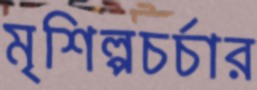
মৃশিল্পচর্চার